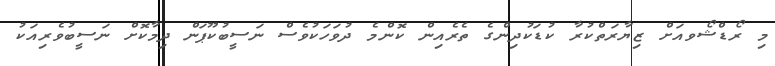
މި ރޯޑްޝޯވއަށް ޒިޔާރަތްކުރާ ކުޑަކުދިންގެ ތެރެއިން ކޮންމެ ދުވަހަކުވެސް ނަސީބުކޫޕަން ދިމާކޮށް ނަސީބުވެރިއަކު